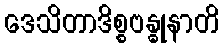
ဒေသိတာဒိစ္စဗန္ဓုနာတိ